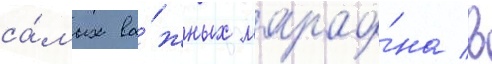
са́мых ва́жных марафо́на в